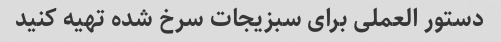
دستور العملی برای سبزیجات سرخ شده تهیه کنید